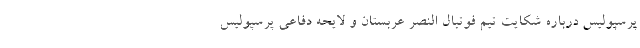
پرسپولیس درباره شکایت تیم فوتبال النصر عربستان و لایحه دفاعی پرسپولیس